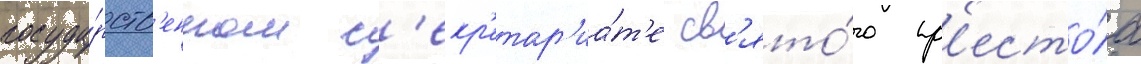
госуда́рств'енном с'екр'етар'иа́т'е св'ято́го пр'есто́ла